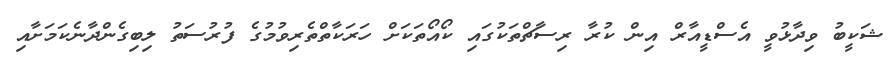
ޝަކީބު ވިދާޅުވީ އެސްޑީއާރް އިން ކުރާ ރިސާޗްތަކުގައި ކޯއޯތަކަށް ހަރަކާތްތެރިވުމުގެ ފުރުސަތު ލިބިގެންދާނެކަމަށާއި